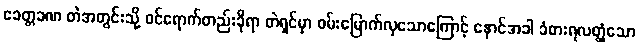
ခေတ္တခဏ တဲအတွင်းသို့ ဝင်ရောက်တည်းခိုရာ တဲရှင်မှာ ဝမ်းမြောက်လှသောကြောင့် နောင်အခါ ခံစားရလတ္တံ့သော